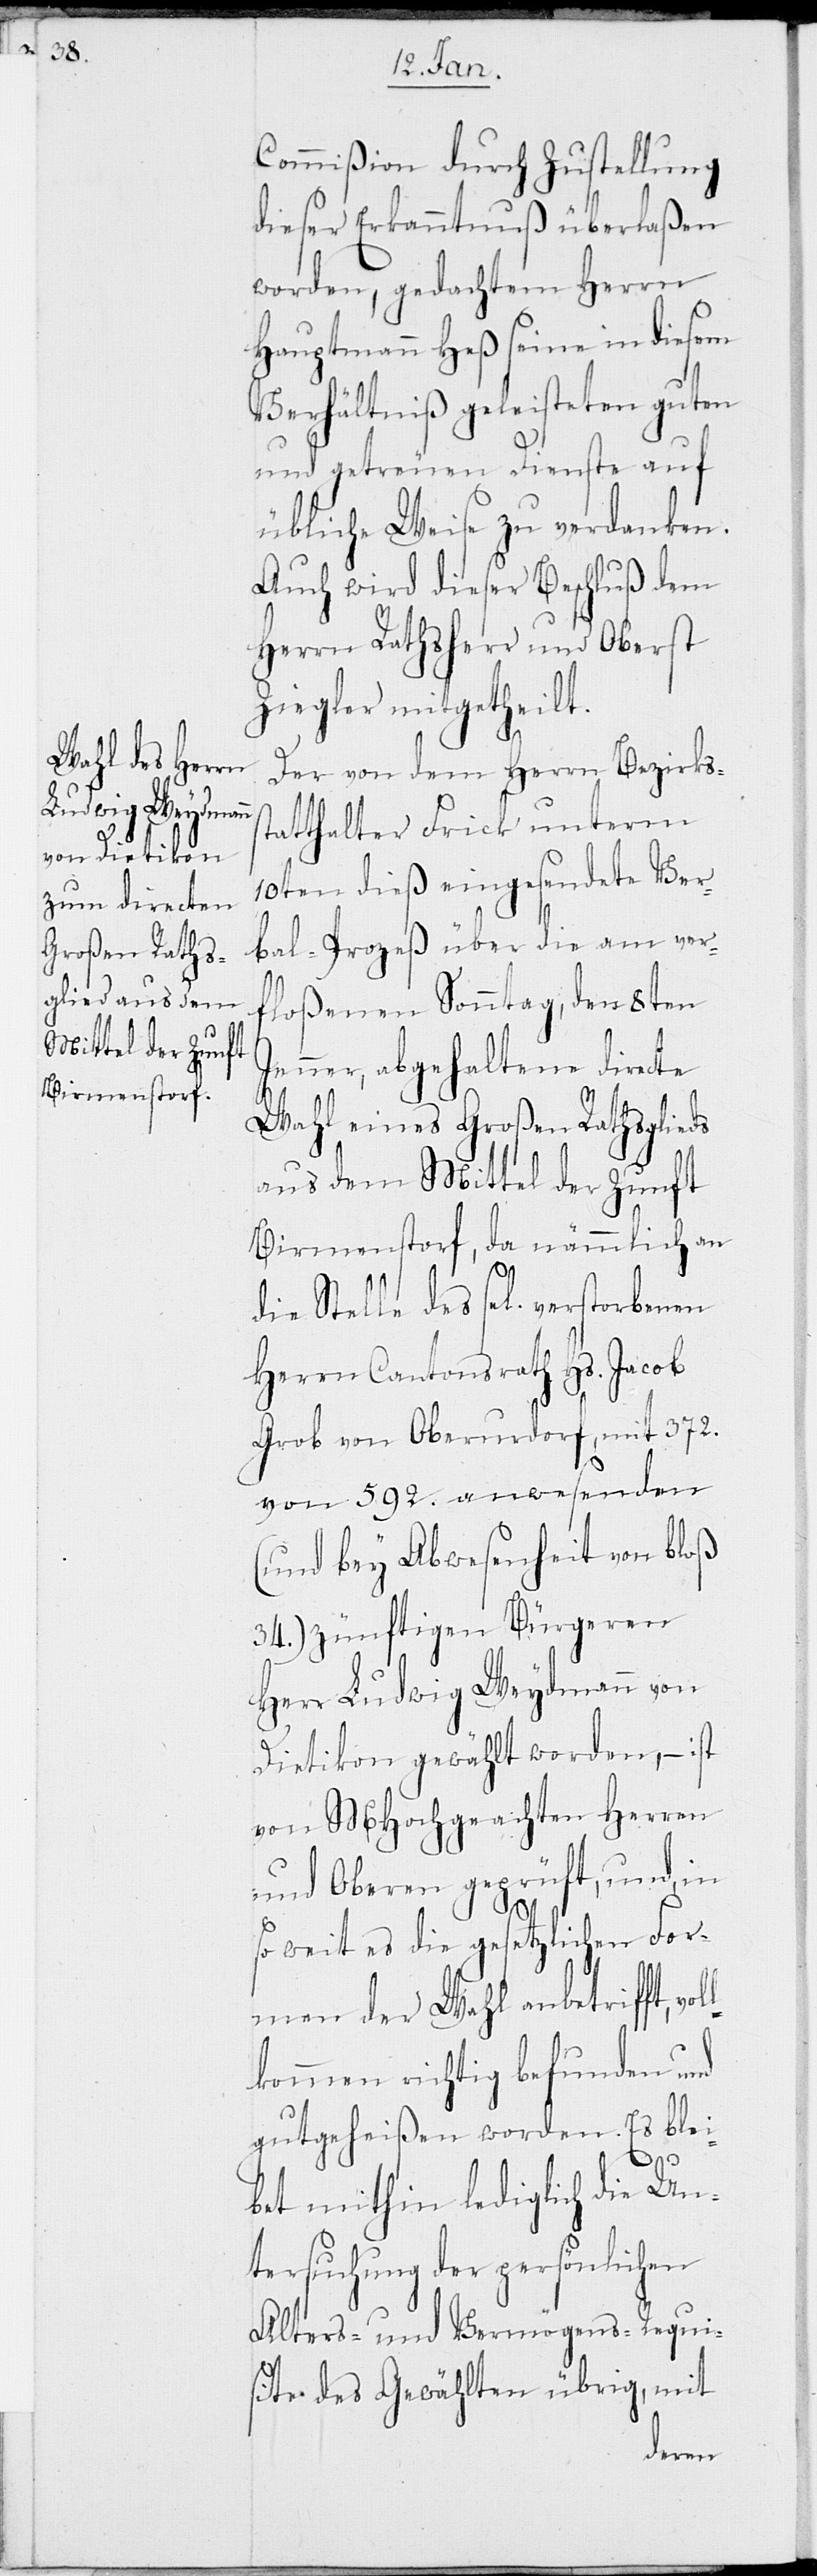
Commißion durch Zustellung
dieser Erkanntnuß überlaßen
worden, gedachtem Herrn
Hauptmann Heß seine in diesem
Verhältniß geleisteten guten
und getreuen Dienste auf
übliche Weise zu verdanken.
Auch wird dieser Beschluß dem
Herrn Rathsherr und Oberst
Ziegler mitgetheilt.
Der von dem Herrn Bezirkss¬
tatthalter Frick unterm
10ten dieß eingesendete Ver¬
bal-Prozeß über die am ver¬
floßenen Sonntag, den 8ten
Jenner, abgehaltene directe
Wahl eines Großen Rathsglieds
aus dem Mittel der Zunft
Birmenstorf, da nämmlich an
die Stelle des sel. verstorbenen
Herrn Cantonsrath Hs. Jacob
Grob von Oberurdorf, mit 372.
von 592. anwesenden
(und bey Abwesenheit von bloß
34.) zünftigen Bürgeren
Herr Ludwig Weydmann von
Dietikon gewählt worden, – ist
von MHochgeachten Herren
und Oberen geprüft, und, in
so weit es die gesetzlichen For¬
men der Wahl anbetrifft, vol¬
lkommen richtig befunden und
gutgeheißen worden. Es blei¬
bet mithin lediglich die Un¬
tersuchung der persönlichen
Alters- und Vermögens-Requi¬
site des Gewählten übrig, mit